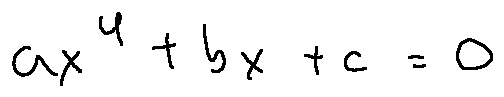
a x ^ { 4 } + b x + c = 0